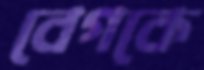
বেগকে